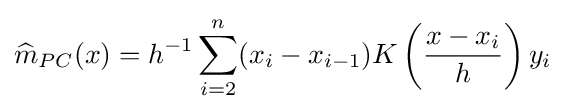
{\widehat {m}}_{PC}(x)=h^{-1}\sum _{i=2}^{n}(x_{i}-x_{i-1})K\left({\frac {x-x_{i}}{h}}\right)y_{i}